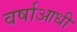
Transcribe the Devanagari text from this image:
वर्षाआधी